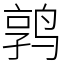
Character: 鹑